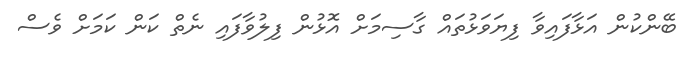
ބޭންކުން އަަޅާފައިވާ ފިޔަވަޅުތައް ގާސިމަށް އޮޅުން ފިލުވާފައި ނެތް ކަން ކަމަށް ވެސް